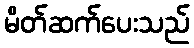
မိတ်ဆက်ပေးသည်